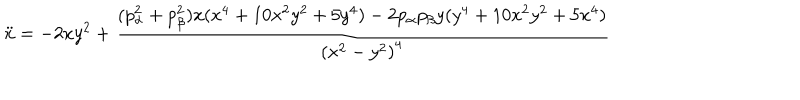
LaTeX: \ddot { x } = - 2 x y ^ { 2 } + { \frac { ( p _ { \alpha } ^ { 2 } + p _ { \beta } ^ { 2 } ) x ( x ^ { 4 } + 1 0 x ^ { 2 } y ^ { 2 } + 5 y ^ { 4 } ) - 2 p _ { \alpha } p _ { \beta } y ( y ^ { 4 } + 1 0 x ^ { 2 } y ^ { 2 } + 5 x ^ { 4 } ) } { \left( x ^ { 2 } - y ^ { 2 } \right) ^ { 4 } } }